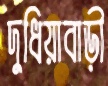
দুধিয়াবাড়ী